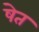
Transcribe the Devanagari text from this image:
षेत